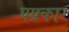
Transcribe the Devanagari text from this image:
पप्रकार